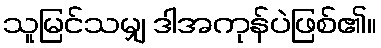
သူမြင်သမျှ ဒါအကုန်ပဲဖြစ်၏။